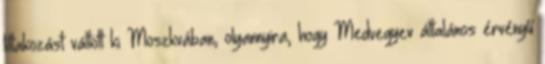
tiltakozást váltott ki Moszkvában, olyannyira, hogy Medvegyev általános érvényű